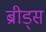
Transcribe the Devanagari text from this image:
ब्रीड्स